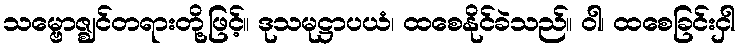
သမ္ဗောဇ္ဈင်တရားတို့ဖြင့်။ ဒုသမုဋ္ဌာပယံ၊ ထစေနိုင်ခဲသည်။ ဝါ၊ ထစေခြင်းငှါ